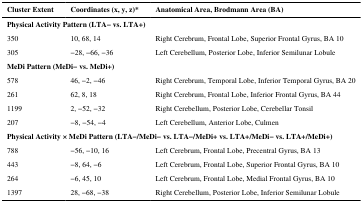
<table><thead><tr><td><b>Cluster Extent</b></td><td><b>Coordinates (x, y, z)*</b></td><td><b>Anatomical Area, Brodmann Area (BA)</b></td></tr></thead><tbody><tr><td colspan="2"><b>Physical Activity Pattern (LTA− vs. LTA+)</b></td><td></td></tr><tr><td>350</td><td>10, 68, 14</td><td>Right Cerebrum, Frontal Lobe, Superior Frontal Gyrus, BA 10</td></tr><tr><td>305</td><td>−28, −66, −36</td><td>Left Cerebellum, Posterior Lobe, Inferior Semilunar Lobule</td></tr><tr><td colspan="2"><b>MeDi Pattern (MeDi− vs. MeDi+)</b></td><td></td></tr><tr><td>578</td><td>46, −2, −46</td><td>Right Cerebrum, Temporal Lobe, Inferior Temporal Gyrus, BA 20</td></tr><tr><td>261</td><td>62, 8, 18</td><td>Right Cerebrum, Frontal Lobe, Inferior Frontal Gyrus, BA 44</td></tr><tr><td>1199</td><td>2, −52, −32</td><td>Right Cerebellum, Posterior Lobe, Cerebellar Tonsil</td></tr><tr><td>207</td><td>−8, −54, −4</td><td>Left Cerebellum, Anterior Lobe, Culmen</td></tr><tr><td colspan="3"><b>Physical Activity × MeDi Pattern (LTA−/MeDi− vs. LTA−/MeDi+ vs. LTA+/MeDi− vs. LTA+/MeDi+)</b></td></tr><tr><td>788</td><td>−56, −10, 16</td><td>Left Cerebrum, Frontal Lobe, Precentral Gyrus, BA 13</td></tr><tr><td>443</td><td>−8, 64, −6</td><td>Left Cerebrum, Frontal Lobe, Superior Frontal Gyrus, BA 10</td></tr><tr><td>264</td><td>−6, 45, 10</td><td>Left Cerebrum, Frontal Lobe, Medial Frontal Gyrus, BA 10</td></tr><tr><td>1397</td><td>28, −68, −38</td><td>Right Cerebellum, Posterior Lobe, Inferior Semilunar Lobule</td></tr></tbody></table>